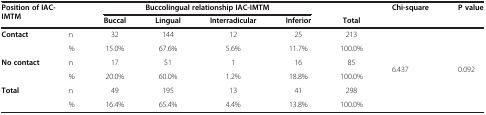
<table><thead><tr><td rowspan="2" colspan="2"><b>Position of IAC-IMTM</b></td><td colspan="4"><b>Buccolingual relationship IAC-IMTM</b></td><td><b> </b></td><td><b>Chi-square</b></td><td><b>P value</b></td></tr><tr><td><b>Buccal</b></td><td><b>Lingual</b></td><td><b>Interradicular</b></td><td><b>Inferior</b></td><td><b>Total</b></td><td><b> </b></td><td><b> </b></td></tr></thead><tbody><tr><td rowspan="2"><b>Contact</b></td><td>n</td><td>32</td><td>144</td><td>12</td><td>25</td><td>213</td><td rowspan="6">6.437</td><td rowspan="6">0.092</td></tr><tr><td>%</td><td>15.0%</td><td>67.6%</td><td>5.6%</td><td>11.7%</td><td>100.0%</td></tr><tr><td rowspan="2"><b>No contact</b></td><td>n</td><td>17</td><td>51</td><td>1</td><td>16</td><td>85</td></tr><tr><td>%</td><td>20.0%</td><td>60.0%</td><td>1.2%</td><td>18.8%</td><td>100.0%</td></tr><tr><td rowspan="2"><b>Total</b></td><td>n</td><td>49</td><td>195</td><td>13</td><td>41</td><td>298</td></tr><tr><td>%</td><td>16.4%</td><td>65.4%</td><td>4.4%</td><td>13.8%</td><td>100.0%</td></tr></tbody></table>